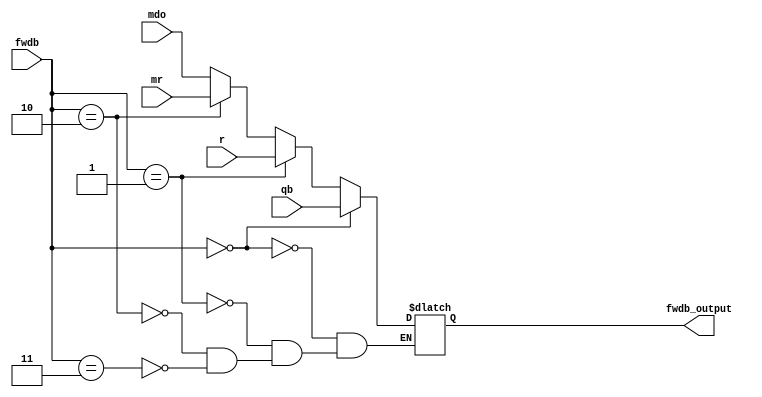
`timescale 1ns / 1ps
//////////////////////////////////////////////////////////////////////////////////
// Company: 
// Engineer: 
// 
// Design Name: 
// Module Name: fwd_b_mux
// Project Name: 
// Target Devices: 
// Tool Versions: 
// Description: 
// 
// Dependencies: 
// 
// Revision:
// Revision 0.01 - File Created
// Additional Comments:
// 
//////////////////////////////////////////////////////////////////////////////////


module fwd_b_mux(
    input [1:0] fwdb,
    input [31:0] qb,
    input [31:0] r,
    input [31:0] mr,
    input [31:0] mdo,
    output reg [31:0] fwdb_output
    );
    
    always@(*) begin
        if (fwdb == 2'b00) begin
            fwdb_output <= qb;
        end
        else if (fwdb == 2'b01) begin
            fwdb_output <= r;
        end
        else if (fwdb == 2'b10) begin
            fwdb_output <= mr;
        end
        else if (fwdb == 2'b11) begin
            fwdb_output <= mdo;
        end
    end
endmodule